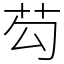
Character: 芶